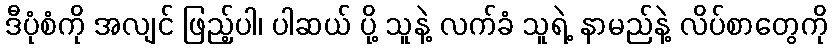
ဒီပုံစံကို အလျင် ဖြည့်ပါ၊ ပါဆယ် ပို့ သူနဲ့ လက်ခံ သူရဲ့ နာမည်နဲ့ လိပ်စာတွေကို